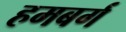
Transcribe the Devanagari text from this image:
हमबर्ग